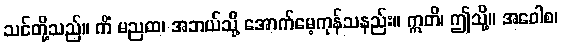
သင်တို့သည်။ ကိံ မညထ၊ အဘယ်သို့ အောက်မေ့ကုန်သနည်း။ ဣတိ၊ ဤသို့။ အဝေါစ၊